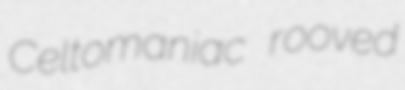
Celtomaniac rooved